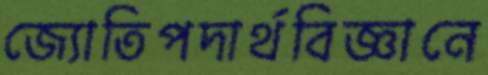
জ্যোতিপদার্থবিজ্ঞানে